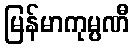
မြန်မာကုမ္ပဏီ